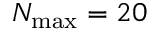
N _ { \mathrm { m a x } } = 2 0